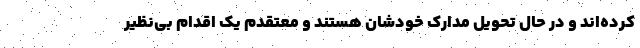
کرده‌اند و در حال تحویل مدارک خودشان هستند و معتقدم یک اقدام بی‌نظیر